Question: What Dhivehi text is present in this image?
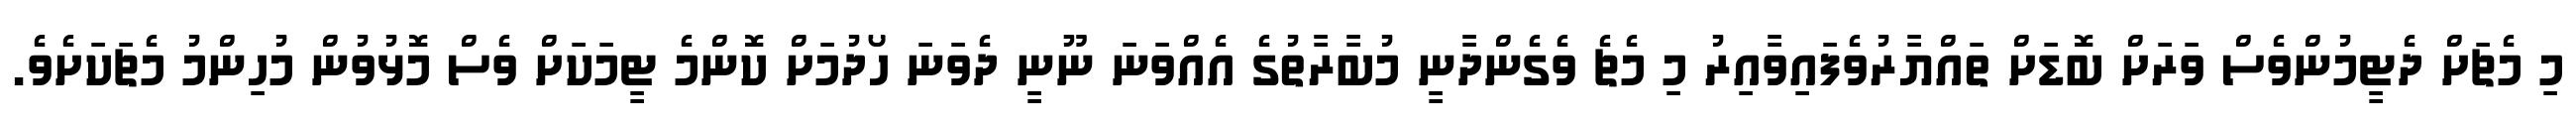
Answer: މި މެޗަށް ދެޓީމުންވެސް ވަރަށް ބޮޑަށް ތައްޔާރުވެފައިވާއިރު މި މެޗެ ވެގެންދާނީ މުބާރާތުގެ އެއްވަނަ ނޫނީ ދެވަނަ ހޯދުމަށް ކޮންމެ ޓީމަކަށް ވެސް މޮޅުވުން މުހިންމު މެޗަކަށެވެ.